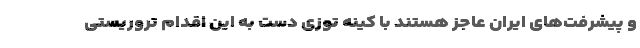
و پیشرفت‌های ایران عاجز هستند با کینه توزی دست به این اقدام تروریستی